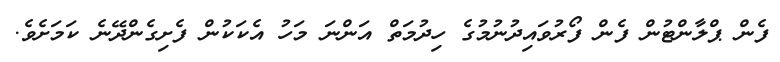
ފެން ޕްލާންޓުން ފެން ފޯރުވައިދުނުމުގެ ހިދުމަތް އަންނަ މަހު އެކަކުން ފެށިގެންދޭނެ ކަމަށެވެ.